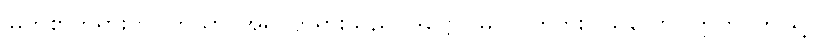
မြတ်စွာဘုရားကို။ တယာ၊ အရှင်ဘုရားသည်။ ဒိဋ္ဌော၊ မြင်လိုက်ဘူးပါသလော။ ဣတိ၊ ဤသို့။